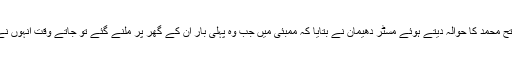
کشور کمار کے کھنڈوا کے بچپن کے دوست بابو رنگیز عرف فتح محمد کا حوالہ دیتے ہوئے مسٹر دھیمان نے بتایا کہ ممبئی میں جب وہ پہلی بار ان کے گھر پر ملنے گئے تو جاتے وقت انہوں نے ایک بریف کیس ان کےحوالے کیا اور گلے لگاکر رونے لگے۔